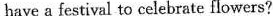
have a festival to celebrate flowers?